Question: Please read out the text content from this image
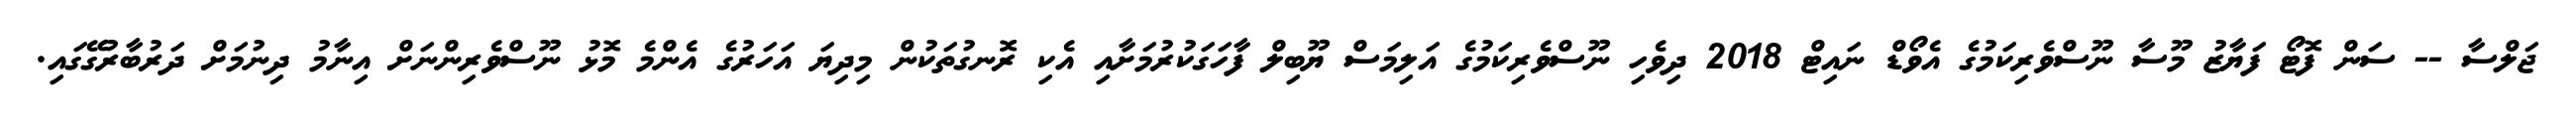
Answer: ޖަލްސާ -- ސަން ފޮޓޯ ފަޔާޒު މޫސާ ނޫސްވެރިކަމުގެ އެވޯޑް ނައިޓް 2018 ދިވެހި ނޫސްވެރިކަމުގެ އަލިމަސް ޔޫބިލް ފާހަގަކުރުމަށާއި އެކި ރޮނގުތަކުން މިދިޔަ އަހަރުގެ އެންމެ މޮޅު ނޫސްވެރިންނަށް އިނާމު ދިނުމަށް ދަރުބާރުގޭގައި.